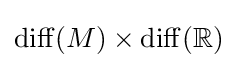
\operatorname {diff} (M)\times \operatorname {diff} (\mathbb {R} )